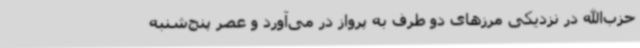
حزب‌الله در نزدیکی مرزهای دو طرف به پرواز در می‌آورد و عصر پنج‌شنبه